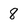
Character: 8